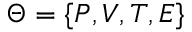
\boldsymbol { \Theta } = \{ P , V , T , E \}